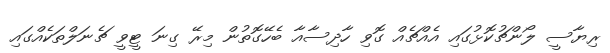
ރިޔާސީ ލޯންޗުކޮޅުގައި އެއްޗެއް ގޮވި ހާދިސާއާ ބެހޭގޮތުން މިރޭ ގިނަ ޓީވީ ޗެނަލްތަކެއްގައި